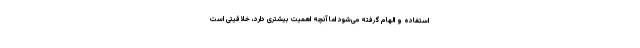
استفاده و الهام گرفته می‌شود اما آنچه اهمیت بیشتری دارد، خلاقیتی است